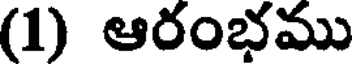
(1) ఆరంభము